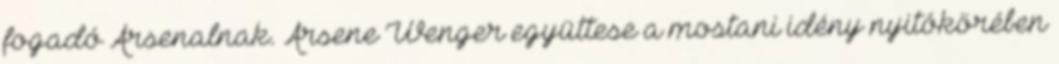
fogadó Arsenalnak. Arsene Wenger együttese a mostani idény nyitókörében